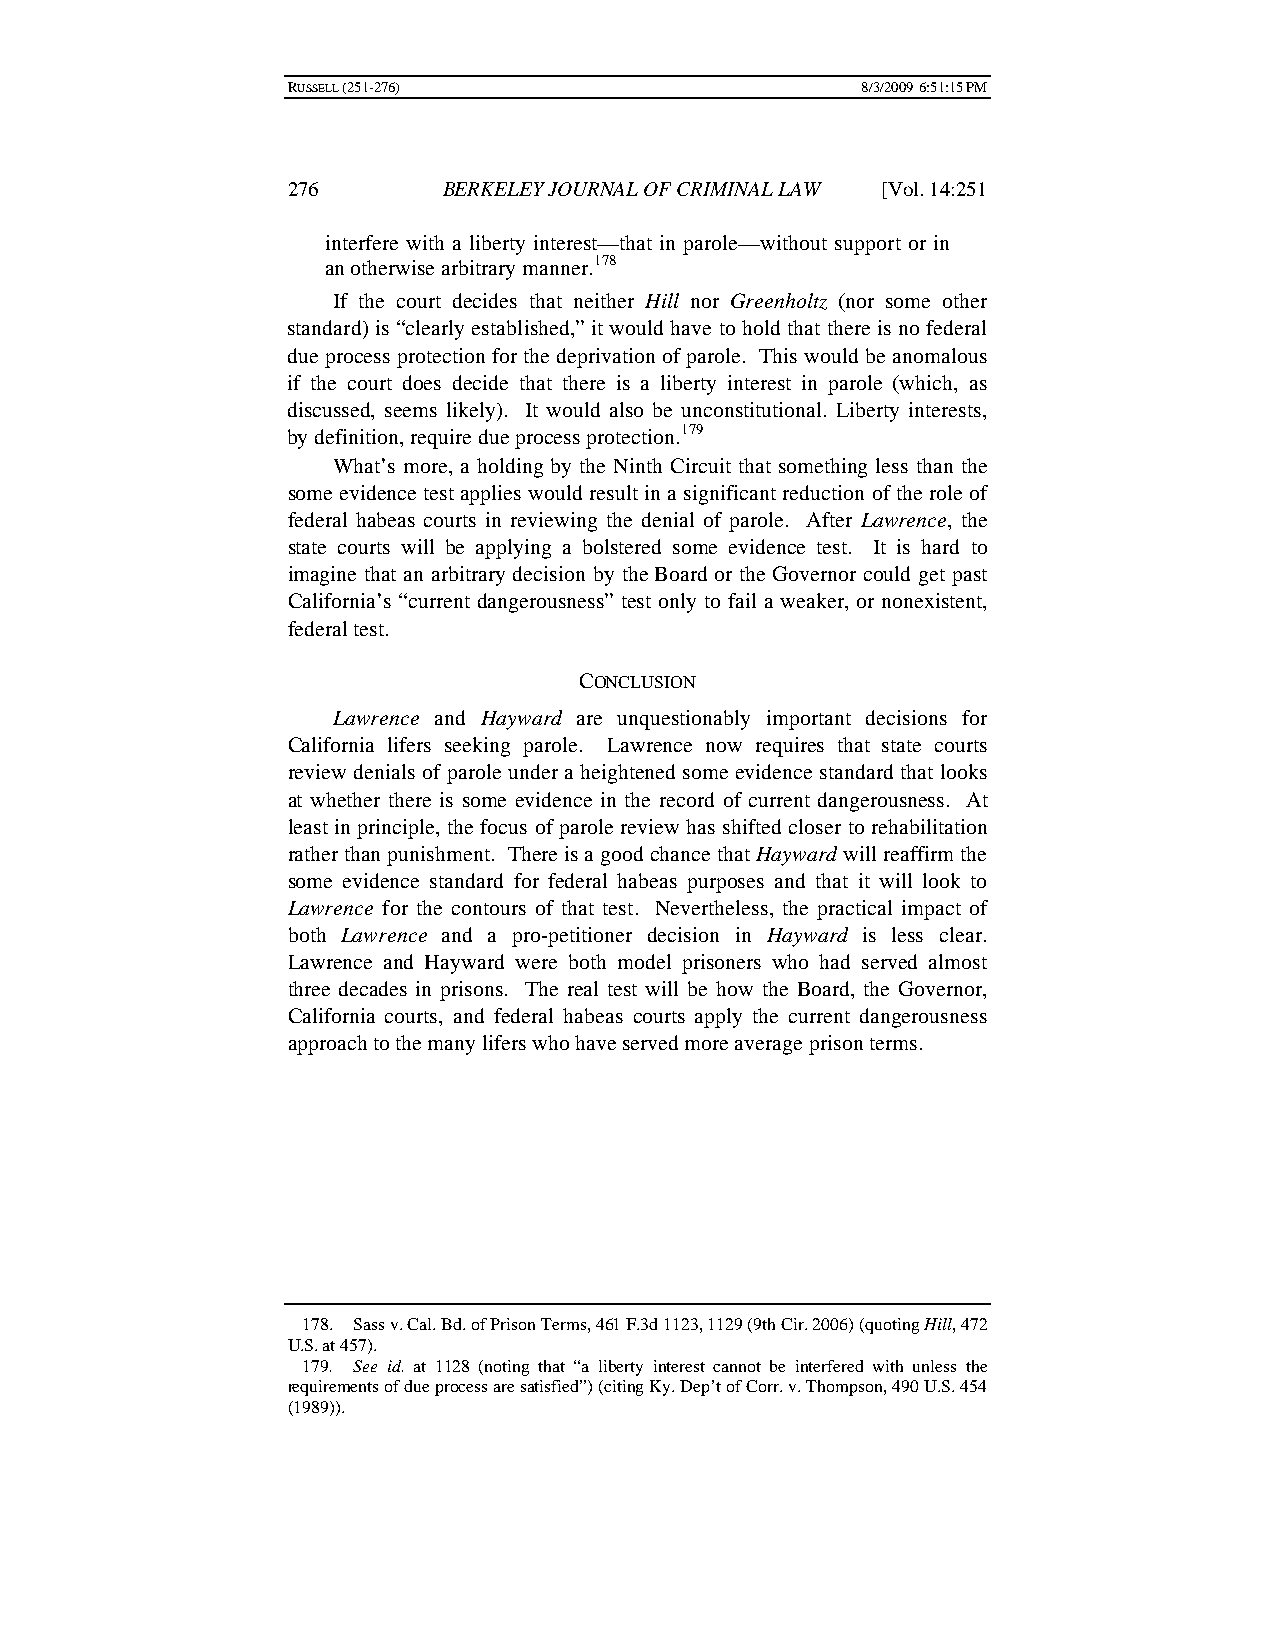
RUSSELL (251-276)                     8/3/2009 6:51:15 PM
 276       BERKELEY JOURNAL OF CRIMINAL LAW [Vol. 14:251
 interfere with a liberty interest—that in parole—without support or in
 an otherwise arbitrary manner.178
 If the court decides that neither Hill nor Greenholtz (nor some other
 standard) is “clearly established,” it would have to hold that there is no federal
 due process protection for the deprivation of parole. This would be anomalous
 if the court does decide that there is a liberty interest in parole (which, as
 discussed, seems likely). It would also be unconstitutional. Liberty interests,
 by definition, require due process protection.179
 What’s more, a holding by the Ninth Circuit that something less than the
 some evidence test applies would result in a significant reduction of the role of
 federal habeas courts in reviewing the denial of parole. After Lawrence, the
 state courts will be applying a bolstered some evidence test. It is hard to
 imagine that an arbitrary decision by the Board or the Governor could get past
 California’s “current dangerousness” test only to fail a weaker, or nonexistent,
 federal test.
 CONCLUSION
 Lawrence and Hayward are unquestionably important decisions for
 California lifers seeking parole. Lawrence now requires that state courts
 review denials of parole under a heightened some evidence standard that looks
 at whether there is some evidence in the record of current dangerousness. At
 least in principle, the focus of parole review has shifted closer to rehabilitation
 rather than punishment. There is a good chance that Hayward will reaffirm the
 some evidence standard for federal habeas purposes and that it will look to
 Lawrence for the contours of that test. Nevertheless, the practical impact of
 both Lawrence and a pro-petitioner decision in Hayward is less clear.
 Lawrence and Hayward were both model prisoners who had served almost
 three decades in prisons. The real test will be how the Board, the Governor,
 California courts, and federal habeas courts apply the current dangerousness
 approach to the many lifers who have served more average prison terms.
 178. Sass v. Cal. Bd. of Prison Terms, 461 F.3d 1123, 1129 (9th Cir. 2006) (quoting Hill, 472
 U.S. at 457).
 179. See id. at 1128 (noting that “a liberty interest cannot be interfered with unless the
 requirements of due process are satisfied”) (citing Ky. Dep’t of Corr. v. Thompson, 490 U.S. 454
 (1989)).